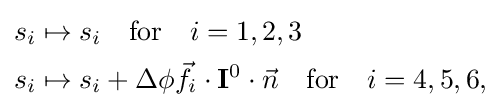
{\begin{aligned}s_{i}&\mapsto s_{i}\quad \mathrm {for} \quad i=1,2,3\\s_{i}&\mapsto s_{i}+\Delta \phi {\vec {f}}_{i}\cdot \mathbf {I} ^{0}\cdot {\vec {n}}\quad \mathrm {for} \quad i=4,5,6,\\\end{aligned}}